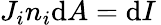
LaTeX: J_{i}n_{i}\mathrm{d}A=\mathrm{d}I\,